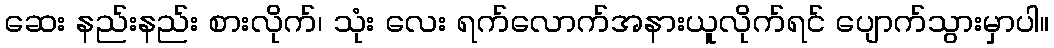
ဆေး နည်းနည်း စားလိုက်၊ သုံး လေး ရက်လောက်အနားယူလိုက်ရင် ပျောက်သွားမှာပါ။